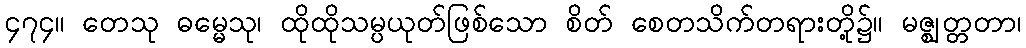
၄၇၄။ တေသု ဓမ္မေသု၊ ထိုထိုသမ္ပယုတ်ဖြစ်သော စိတ် စေတသိက်တရားတို့၌။ မဇ္ဈတ္တတာ၊